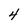
Character: 4